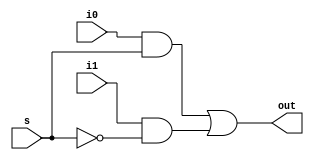
/**
    CPSC 4210 - Fall 2021
    Final Project - ALU
    Christian Walker
*/

// 1-bit 2-to-1 MUX
module MUX2to1_1bit(out, i0, i1, s);
    output out;
    input i0, i1, s;
    wire y0, y1, sBar;
    
    not(sBar, s);
    and(y0, i0, s);
    and(y1, i1, sBar);
    or(out, y0, y1);
endmodule

// 5-bit 2-to-1 MUX
module MUX2to1_5bits(out, i0, i1, s);
    output [4:0] out;
    input [4:0] i0, i1;
    input s;
    
    MUX2to1_1bit m1(out[0], i0[0], i1[0], s);
    MUX2to1_1bit m2(out[1], i0[1], i1[1], s);
    MUX2to1_1bit m3(out[2], i0[2], i1[2], s);
    MUX2to1_1bit m4(out[3], i0[3], i1[3], s);
    MUX2to1_1bit m5(out[4], i0[4], i1[4], s);
endmodule

// Stimulus for 2-to-1 MUX
// module MUX2to1_stimulus;
// 	reg[4:0] i0, i1;
// 	reg s;
// 	wire[4:0] out;

// 	MUX2to1_5bits mux(out, i0, i1, s);
// 	initial
// 	begin
//     	$monitor ($time, " i0 = %d, i1 = %d, s = %b, out = %d,", i0, i1, s, out);
//     	i0 = 5;
//     	i1 = 3;
//     	s = 0;
//     	#5  s = 0;
//     	#5  s = 1;
// 	end
// endmodule

// 32-bit Shifter
module shifter(out, shiftDir, amount, y);
    output [31:0] out;
    input [31:0] y;
    input [4:0] amount;
    input shiftDir;
    
    assign out = (shiftDir ? y << amount : y >> amount);
endmodule

// Stimulus for Shifter
// module shifter_stimulus;
//     reg [31:0] y;
// 	reg [4:0] shiftAmount;
// 	reg shiftDir;
// 	wire [31:0] out;

// 	shifter newShifter(out, shiftDir, shiftAmount, y);
	
// 	initial
// 	begin
//     	$monitor($time, " y = %b,  out = %b, shift direction = %b, shift amount = %b", y, out, shiftDir, shiftAmount);
    
//     	y = 32'b11000000000000000000000000000000; shiftDir = 0; shiftAmount = 5'b00000;
//     	#5 y = 32'b11000000000000000000000000000000; shiftDir = 0; shiftAmount = 5'b00001;
//     	#5 y = 32'b11000000000000000000000000000000; shiftDir = 0; shiftAmount = 5'b00001;
//     	#5 y = 32'b11000000000000000000000000000000; shiftDir = 0; shiftAmount = 5'b00010;
//     	#5 y = 32'b11000000000000000000000000000000; shiftDir = 0; shiftAmount = 5'b00011;
//     	#5 y = 32'b00011000000000000000000000000000; shiftDir = 1; shiftAmount = 5'b00001;
//     	#5 y = 32'b00011000000000000000000000000000; shiftDir = 1; shiftAmount = 5'b00010;
//     	#5 y = 32'b00011000000000000000000000000000; shiftDir = 1; shiftAmount = 5'b00011;
// 	end
// endmodule

// 1-bit Adder
module adder_1bit(sum, cout, x, y, cin);
    output sum, cout;
    input x, y, cin;
    wire y0, y1, y2;
    
    xor(y0, x, y);
    xor(sum, y0, cin);
    and(y1, cin, y0);
    and(y2, x, y);
    or(cout, y1, y2);
endmodule

// 1-bit Adder/Subtractor
module adderSub_1bit(sum, cout, x, y, cin, sub);
    output sum, cout;
    input x, y, cin, sub;
    wire addSub;
    
    xor(addSub, y, sub);
    adder_1bit a1(sum, cout, x, addSub, cin);
endmodule

// 8-bit Adder/Subtractor
module adderSub_8bits(sum, cout, x, y, cin, sub);
    output [7:0] sum;
    output cout;
    input [7:0] x, y;
    input cin, sub;
    wire w1, w2, w3, w4, w5, w6, w7;
    
    adderSub_1bit a1(sum[0], w1, x[0], y[0], cin, sub);
    adderSub_1bit a2(sum[1], w2, x[1], y[1], w1, sub);
    adderSub_1bit a3(sum[2], w3, x[2], y[2], w2, sub);
    adderSub_1bit a4(sum[3], w4, x[3], y[3], w3, sub);
    adderSub_1bit a5(sum[4], w5, x[4], y[4], w4, sub);
    adderSub_1bit a6(sum[5], w6, x[5], y[5], w5, sub);
    adderSub_1bit a7(sum[6], w7, x[6], y[6], w6, sub);
    adderSub_1bit a8(sum[7], cout, x[7], y[7], w7, sub);
endmodule

// 32-bit Adder/Subtractor
module adderSub_32bits(sum, cout, x, y, cin, sub);
    output [31:0] sum;
    output cout;
    input [31:0] x, y;
    input cin, sub;
    wire w1, w2, w3;
    
    adderSub_8bits a1(sum[7:0], w1, x[7:0], y[7:0], cin, sub);
    adderSub_8bits a2(sum[15:8], w2, x[15:8], y[15:8], w1, sub);
    adderSub_8bits a3(sum[23:16], w3, x[23:16], y[23:16], w2, sub);
    adderSub_8bits a4(sum[31:24], cout, x[31:24], y[31:24], w3, sub);
endmodule

// Stimulus for Adder/Subtractor
// module adder_stimulus;
// 	reg [31:0] x, y;
// 	reg cin;
// 	reg sub;
// 	wire[31:0] sum;
// 	wire cout;
	
// 	adderSub_32bits addSub(sum, cout, x, y, cin, sub);
// 	initial
// 	begin
// 		$monitor($time, " x = %d, y = %d, cin = %b, cout = %b, sub = %b, sum = %d", x, y, cin, cout, sub, sum);
// 	end
	
// 	initial
// 	begin
// 		x = 5; 
// 		y = 3;
// 		cin = 0;
// 		sub = 0;
// 		#5 x = 5; y = 5; sub = 1; cin = 1;
// 		#5 x = 20; y = 10; cin = 0;
// 		#5 x = 15; y = 10; sub = 0;
// 		#5 x = 30; y = 30; cin = 1;
// 	end
// endmodule

// 1-bit Logic Unit
module logicUnit_1bit(out, x, y, logicFunc);
    output out;
    input [1:0] logicFunc;
    input x, y;
    wire w0, w1, w2, w3;
    
    and(w0, x, y);
    or(w1, x, y);
    xor(w2, x, y);
    nor(w3, x, y);
    
    MUX4to1_1bit m1(out, w0, w1, w2, w3, logicFunc[0], logicFunc[1]);
endmodule

// 8-bit Logic Unit
module logicUnit_8bits(out, x, y, logicFunc);
    output [7:0] out;
    input [7:0] x, y;
    input [1:0] logicFunc;
    
    logicUnit_1bit l1(out[0], x[0], y[0], logicFunc);
    logicUnit_1bit l2(out[1], x[1], y[1], logicFunc);
    logicUnit_1bit l3(out[2], x[2], y[2], logicFunc);
    logicUnit_1bit l4(out[3], x[3], y[3], logicFunc);
    logicUnit_1bit l5(out[4], x[4], y[4], logicFunc);
    logicUnit_1bit l6(out[5], x[5], y[5], logicFunc);
    logicUnit_1bit l7(out[6], x[6], y[6], logicFunc);
    logicUnit_1bit l8(out[7], x[7], y[7], logicFunc);
endmodule

// 32-bit Logic Unit
module logicUnit_32bits(out, x, y, logicFunc);
    output [31:0] out;
    input [31:0] x, y;
    input [1:0] logicFunc;
    
    logicUnit_8bits l1(out[7:0], x[7:0], y[7:0], logicFunc);
    logicUnit_8bits l2(out[15:8], x[15:8], y[15:8], logicFunc);
    logicUnit_8bits l3(out[23:16], x[23:16], y[23:16], logicFunc);
    logicUnit_8bits l4(out[31:24], x[31:24], y[31:24], logicFunc);
endmodule

// Stimulus for Logic Unit
// module logicUnit_stimulus;
// 	reg[31:0] x, y;
// 	reg[1:0] s;
// 	wire[31:0] out;

// 	logicUnit_32bits logicUnit(out[31:0], x, y, s);

// 	initial
// 	begin
//     	$monitor ($time, " x = %b, y = %b, s = %b, out = %b", x, y, s, out);
//     	x = 32'd17; 
//     	y = 32'd15;
//     	s = 2'b 00;
//     	#5  s = 2'b 01;
//     	#5  s = 2'b 10;
//     	#5  s = 2'b 11;
// 	end
// endmodule

// 1-bit 4 to 1 MUX
module MUX4to1_1bit(out, i0, i1, i2, i3, s0, s1);
    output out;
    input i0, i1, i2, i3, s0, s1;
    wire s0n, s1n, y0, y1, y2, y3;
    
    not(s0n, s0);
    not(s1n, s1);
    and(y0, i0, s0n, s1n);
    and(y1, i1, s0, s1n);
    and(y2, i2, s0n, s1);
    and(y3, i3, s0, s1);
    or(out, y0, y1, y2, y3);
endmodule

// 8-bit 4 to 1 MUX
module MUX4to1_8bits(out, i0, i1, i2, i3, s);
    output [7:0] out;
    input [7:0] i0, i1, i2, i3;
    input [1:0] s;
    
    MUX4to1_1bit m1(out[0], i0[0], i1[0], i2[0], i3[0], s[0], s[1]);
    MUX4to1_1bit m2(out[1], i0[1], i1[1], i2[1], i3[1], s[0], s[1]);
    MUX4to1_1bit m3(out[2], i0[2], i1[2], i2[2], i3[2], s[0], s[1]);
    MUX4to1_1bit m4(out[3], i0[3], i1[3], i2[3], i3[3], s[0], s[1]);
    MUX4to1_1bit m5(out[4], i0[4], i1[4], i2[4], i3[4], s[0], s[1]);
    MUX4to1_1bit m6(out[5], i0[5], i1[5], i2[5], i3[5], s[0], s[1]);
    MUX4to1_1bit m7(out[6], i0[6], i1[6], i2[6], i3[6], s[0], s[1]);
    MUX4to1_1bit m8(out[7], i0[7], i1[7], i2[7], i3[7], s[0], s[1]);
endmodule

// 32-bit 4 to 1 MUX
module MUX4to1_32bits(out, i0, i1, i2, i3, s);
    output [31:0] out;
    input [31:0] i0, i1, i2, i3;
    input [1:0] s;
    
    MUX4to1_8bits m1(out[7:0], i0[7:0], i1[7:0], i2[7:0], i3[7:0], s);
    MUX4to1_8bits m2(out[15:8], i0[15:8], i1[15:8], i2[15:8], i3[15:8], s);
    MUX4to1_8bits m3(out[23:16], i0[23:16], i1[23:16], i2[23:16], i3[23:16], s);
    MUX4to1_8bits m4(out[31:24], i0[31:24], i1[31:24], i2[31:24], i3[31:24], s);
endmodule

// Stimulus for 4-to-1 MUX
// module MUX4to1_stimulus;
// 	reg[31:0] i0, i1, i2, i3;
// 	reg[1:0] s;
// 	wire[31:0] out;

// 	MUX4to1_32bits mux (out, i0, i1, i2, i3, s);

// 	initial
// 	begin
//     	$monitor ($time, " i0 = %d, i1 = %d, i2 = %d, i3 = %d, s = %b, out = %d", i0, i1, i2, i3, s, out);
//     	i0 = 1;
//     	i1 = 2;
//     	i2 = 3;
//     	i3 = 4;
//     	s = 2'b 00;
//     	#5  s = 2'b 00;
//     	#5  s = 2'b 01;
//     	#5  s = 2'b 10;
//     	#5  s = 2'b 11;
// 	end
// endmodule

// 32-bit ALU
module ALU_32bits (output [31:0] s, 
                    input [31:0] a, b, 
                    input c_0, 
                    input Const_Var, shift_direction, 
                    input [1:0] Function_class, 
                    input [1:0] Logic_function,
                    input [4:0] Const_amount);
    wire[31:0] shiftWire, addSubWire, logicWire;
    wire[4:0] amountWire;
    wire cout;
    
    MUX2to1_5bits mux_5(amountWire, a[4:0], Const_amount, Const_Var);
    shifter shifter_32(shiftWire, shift_direction, amountWire, b);
    logicUnit_32bits logic_32(logicWire, a, b, Logic_function);
    adderSub_32bits addSub_32(addSubWire, cout, a, b, c_0, c_0);
    MUX4to1_32bits mux_32(s, shiftWire, {31'd0, addSubWire[31]}, addSubWire, logicWire, Function_class);
endmodule

// Stimulus for ALU
// module stimulus();
// 	reg [31:0] a;
// 	reg [31:0] b;
// 	reg [1:0] Function_class;
// 	reg [1:0] Logic_function;
// 	reg [4:0] Const_amount;
// 	reg c_0;
// 	reg Const_Var;
// 	reg shift_direction;
// 	wire [31:0] s;

// 	ALU_32bits my_ALU (s,  a, b,  c_0, Const_Var, shift_direction, Function_class, Logic_function, Const_amount);

// 	initial
// 	begin
// 		$monitor($time, " a = %d, b = %d, c_0 = %b, Const_Var = %b, Const_amount = %d, shift_direction = %b, Logic_function = %b, Function_class = %b, s = %d", a, b, c_0, Const_Var, Const_amount, shift_direction, Logic_function, Function_class, s);
		
// 		// Shift Functions
// 		#5 Function_class = 2'b00; a = 5; b = 15; shift_direction = 1; Const_Var = 1;  // Shift left by 5 bits
// 		#5 a = 0; b = 32; shift_direction = 0; Const_Var = 0; Const_amount = 2;  // Shift right by 2 bits
		
// 		// Set Less Functions
// 		#5 Function_class = 2'b01; a = 5; b = 10; c_0 = 1;  // a less than b
// 		#5 a = 10; b = 5;  // a greater than b
		
// 		// Arithmetic Functions
// 		#5 Function_class = 2'b10; a = 5; b = 5; c_0 = 0;  // Addition: 5 + 5 = 10
// 		#5 a = 10; b = 5; c_0 = 1;  // Subtraction: 10 - 5 = 5;
		
// 		// Logic Functions
// 		#5 Function_class = 2'b11; Logic_function = 2'b00; a = 1'b0; b = 1'b1;  // AND
// 		#5 Logic_function = 2'b01; a = 1'b0; b = 1'b1;  // OR
// 		#5 Logic_function = 2'b10; a = 1'b1; b = 1'b0;  // XOR
// 		#5 Logic_function = 2'b11; a = 1'b1; b = 1'b1;  // NOR
// 	end
// endmodule

// The ALU module name and orders of inputs, outputs should be same as the ALU module in the following
// H. Li

module stimulus;

//inputs
reg[31:0] A,B;
reg C_0,Const_Var,shift_direction;
reg [1:0] Function_class;
reg [1:0] Logic_function;
reg [4:0] Const_amount; 


//outputs
wire[31:0] s;



ALU_32bits my_ALU (s,  A, B,  C_0, Const_Var, shift_direction, Function_class, Logic_function, Const_amount);

 

initial  
begin 

$monitor($time,"A=%d, B=%d, C_IN=%b,-- Function_class=%d, shift_direction=%b, Const_Var=%b, Const_amount=%d, shift_direction=%b, Logic_function=%d,--OUTPUT=%d \n",A,B,C_0,Function_class,shift_direction,Const_Var,Const_amount,shift_direction,Logic_function,s);
end

initial
begin
A=4'd0; B=4'd0; C_0=1'b0;
#5 A=8'd19; B=8'd55; Function_class[1]=1; Function_class[0]=0;  
#5 A=8'd59; B=8'd38;C_0=1'b1; Function_class[1]=0; Function_class[0]=1;  
#5 A=8'd39; B=8'd136; C_0=1'b1;  Function_class[1]=1; Function_class[0]=0; 
#5 A=16'd9; B=16'd112; Function_class[1]=0; Function_class[0]=0; shift_direction=1; Const_Var=1; 

#5 A=16'd129; B=16'd456;Function_class[1]=0; Function_class[0]=0;shift_direction=0;Const_Var=0;Const_amount=5'd7;  
#5 A=16'd656; B=8'd218; C_0=1'b0;Function_class[1]=1; Function_class[0]=1;Logic_function=2'd0;  
#5 A=8'd195; B=8'd228; C_0=1'b1;Function_class[1]=1; Function_class[0]=1;Logic_function=2'd1; 
#5 A=8'd99; B=16'd286; C_0=1'b1;Function_class[1]=1; Function_class[0]=1;Logic_function=2'd2; 
#5 A=8'd77; B=16'd486; C_0=1'b0;Function_class[1]=1; Function_class[0]=1;Logic_function=2'd3; 
end

endmodule